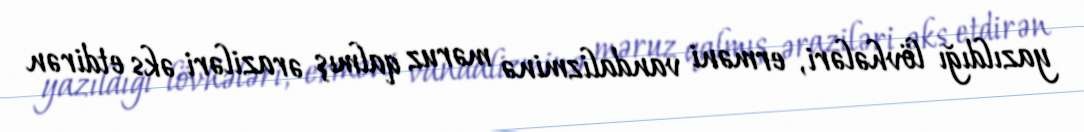
yazıldığı lövhələri, erməni vandalizminə məruz qalmış əraziləri əks etdirən